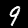
Label: 9